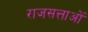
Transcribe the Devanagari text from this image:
राजसत्ताओं